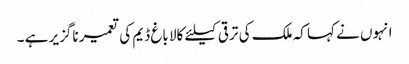
انہوں نے کہا کہ ملک کی ترقی کیلئے کالا باغ ڈیم کی تعمیر ناگزیر ہے ۔